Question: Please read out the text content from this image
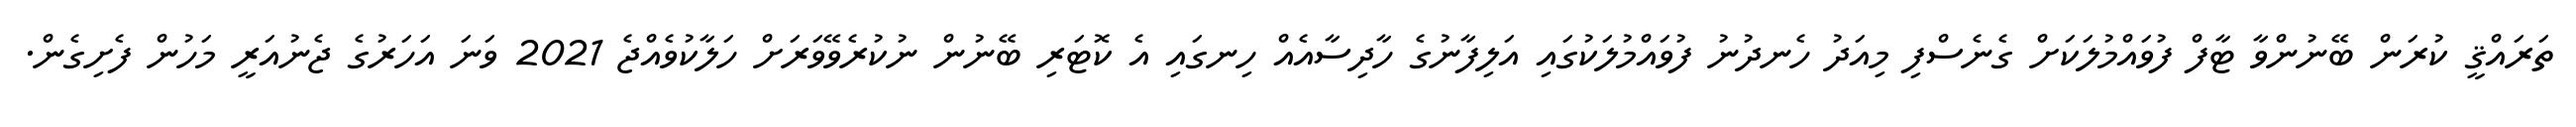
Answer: ތަރައްޤީ ކުރަން ބޭނުންވާ ޓާފް ފުވައްމުލަކަށް ގެނެސްފި މިއަދު ހެނދުނު ފުވައްމުލަކުގައި އަލިފާނުގެ ހާދިސާއެއް ހިނގައި އެ ކޮޓަރި ބޭނުން ނުކުރެވޭވަރަށް ހަލާކުވެއްޖެ 2021 ވަނަ އަހަރުގެ ޖެނުއަރީ މަހުން ފެށިގެން.